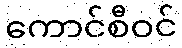
ကောင်စီဝင်